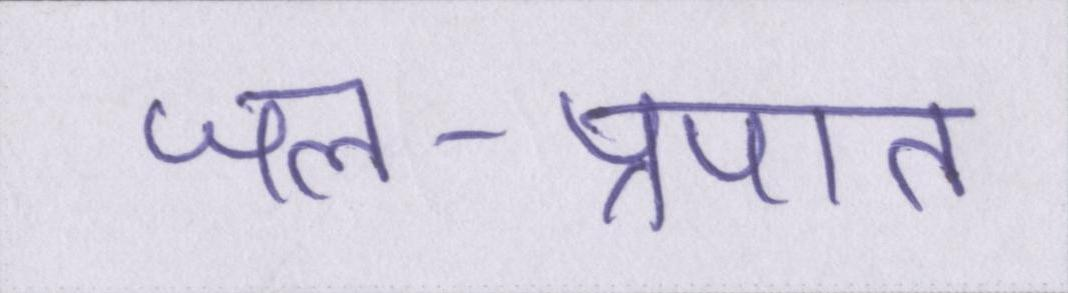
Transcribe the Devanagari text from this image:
जल-प्रपात